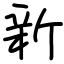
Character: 新